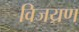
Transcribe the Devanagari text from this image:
विजय्रण